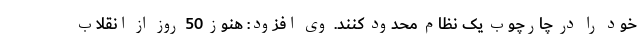
خود را در چارچوب یک نظام محدود کنند. وی افزود: هنوز 50 روز از انقلاب